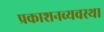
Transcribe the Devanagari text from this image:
प्रकाशनव्यवस्था